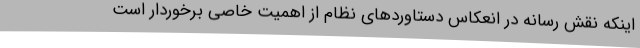
اینکه نقش رسانه در انعکاس دستاوردهای نظام از اهمیت خاصی برخوردار است